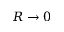
R \to 0